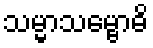
သမ္မာသမ္ဗောဓိ